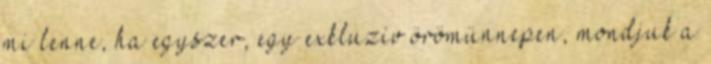
mi lenne, ha egyszer, egy exkluzív örömünnepen, mondjuk a